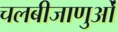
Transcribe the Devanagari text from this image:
चलबीजाणुओं